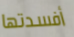
أفسدتها